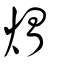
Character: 煟